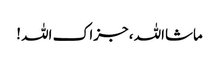
ماشااللہ ، جزاک اللہ !